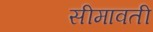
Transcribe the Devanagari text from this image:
सीमावती